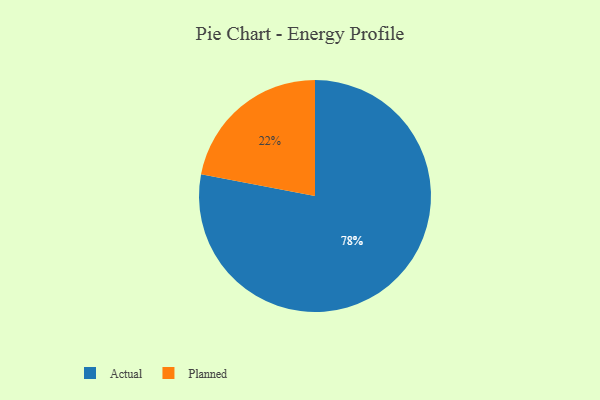
{"axis": {"x": "Category", "y": "Percentage"}, "legend": ["Actual", "Planned"], "data": [{"x": "Planned", "y": 22, "type": "Planned"}, {"x": "Actual", "y": 78, "type": "Actual"}]}